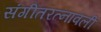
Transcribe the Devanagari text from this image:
संगीतरत्नावली